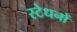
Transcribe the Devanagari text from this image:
स्टेधनों